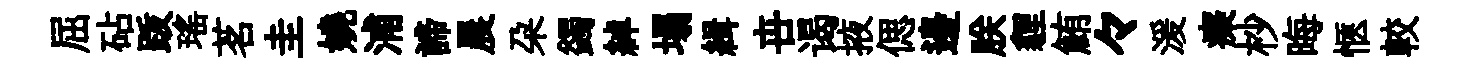
屈砧䟦瑤茗圭嬈浦諦晨朶蠲綽塌緝卋谒掖偲邊朕貍鮪々湲癡杪晦愜較